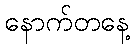
နောက်တနေ့